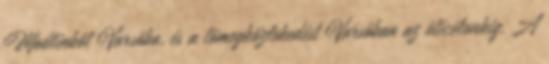
Modlinból Varsóba, és a tömegközlekedést Varsóban az úticélunkig. A